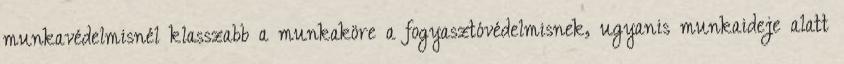
munkavédelmisnél klasszabb a munkaköre a fogyasztóvédelmisnek, ugyanis munkaideje alatt